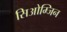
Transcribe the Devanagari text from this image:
सिओम्जिन